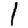
Digit: 1